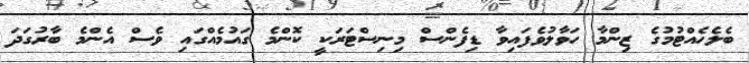
ބެލެހެއްޓުމުގެ ޒިންމާ ހަވާލުވެފައިވާ ޑިފެންސް މިނިސްޓަރަކީ ކޮންމެ ގައުމެއްގައި ވެސް އެންމެ ބާރުގަދަ